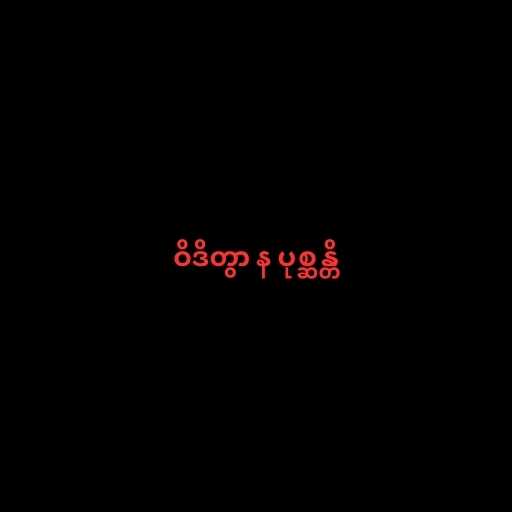
ဝိဒိတွာ န ပုစ္ဆန္တိ